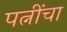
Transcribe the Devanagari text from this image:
पत्नींचा